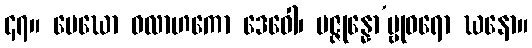
၄၇။ မေဃော ဝလာဟကော ဒေဝေါ၊ ပဇ္ဇုန္နော’မ္ဗုဓရော ဃနော။